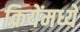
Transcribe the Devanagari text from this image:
क्रियेंमध्ये